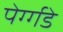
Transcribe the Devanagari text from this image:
पेर्ग्गडे